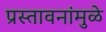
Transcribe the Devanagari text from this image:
प्रस्तावनांमुळे